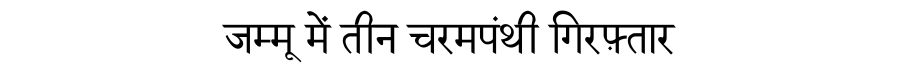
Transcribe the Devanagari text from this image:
जम्मू में तीन चरमपंथी गिरफ़्तार